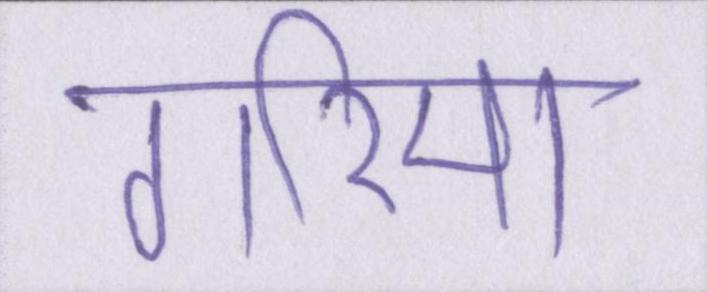
गरिमा